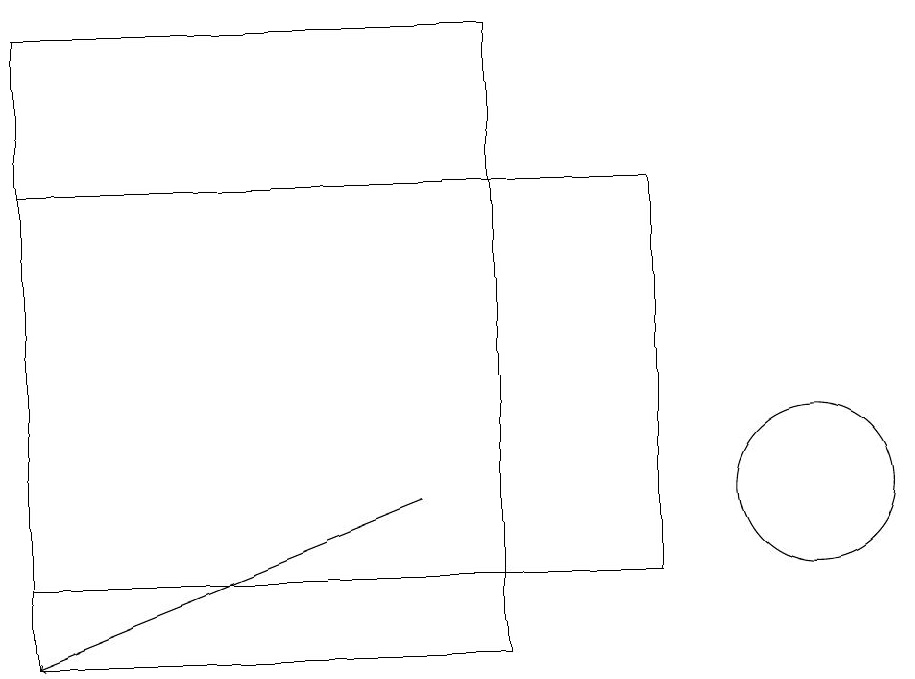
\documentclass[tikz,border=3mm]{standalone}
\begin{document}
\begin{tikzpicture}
\draw (10,12) circle (1);
\draw[->] (5,12) -- (0,10);
\draw (6,18) rectangle (0,16);
\draw (0,11) rectangle (8,16);
\draw (0,18) rectangle (6,10);
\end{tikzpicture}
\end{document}